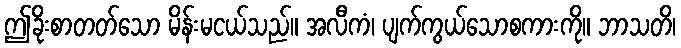
ဤခိုးစာတတ်သော မိန်းမငယ်သည်။ အလီကံ၊ ပျက်ကွယ်သောစကားကို။ ဘာသတိ၊